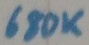
Text: 680K